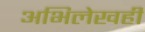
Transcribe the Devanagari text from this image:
अभिलेखही